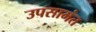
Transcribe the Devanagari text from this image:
उपसामंत